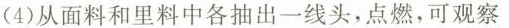
(4)从面料和里料中各抽出一线头，点燃，可观察